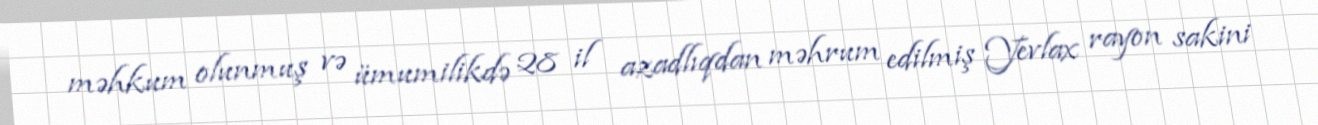
məhkum olunmuş və ümumilikdə 28 il azadlıqdan məhrum edilmiş Yevlax rayon sakini